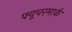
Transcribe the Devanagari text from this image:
फ्यूचरमार्क